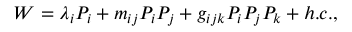
W = \lambda _ { i } P _ { i } + m _ { i j } P _ { i } P _ { j } + g _ { i j k } P _ { i } P _ { j } P _ { k } + h . c . ,